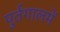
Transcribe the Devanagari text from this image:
पुर्तगालमें